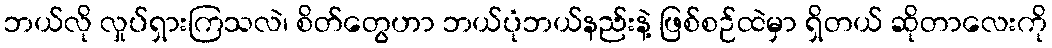
ဘယ်လို လှုပ်ရှားကြသလဲ၊ စိတ်တွေဟာ ဘယ်ပုံဘယ်နည်းနဲ့ ဖြစ်စဉ်ထဲမှာ ရှိတယ် ဆိုတာလေးကို